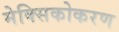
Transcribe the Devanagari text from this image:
मेक्सिकोकरण